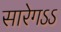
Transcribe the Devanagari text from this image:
सारेगऽऽ